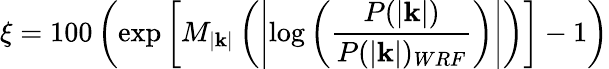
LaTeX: \xi=100\left(\textnormal{exp}\left[M_{|\textbf{k}|}\left(\left|\log{\left(\frac{P(|\textbf{k}|)}{P(|\textbf{k}|)_{WRF}}\right)}\right|\right)\right]-1\right)